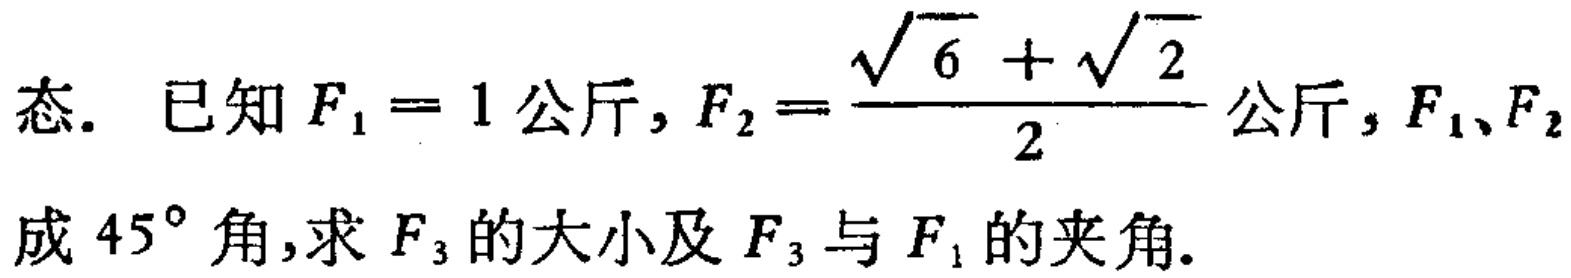
态. 已知$F_{1}=1$公斤,$F_{2}=\frac{\sqrt{6}+\sqrt{2}}{2}$公斤,$F_{1}、F_{2}$成$45^{\circ}$角,求$F_{3}$的大小及$F_{3}$与$F_{1}$的夹角.